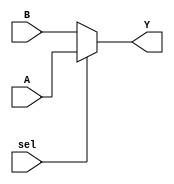
module conditional_assignment (
    input wire A,        // First input signal
    input wire B,        // Second input signal
    input wire sel,      // Control signal
    output wire Y        // Output signal
);

// Conditional continuous assignment using the ternary operator
assign Y = (sel) ? A : B;

endmodule